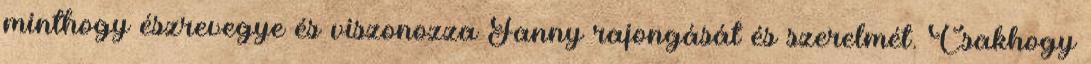
minthogy észrevegye és viszonozza Fanny rajongását és szerelmét. Csakhogy